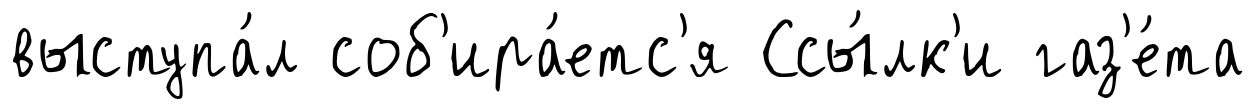
выступа́л соб'ира́етс'я Ссы́лк'и газ'е́та